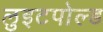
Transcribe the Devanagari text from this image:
लुइटपोल्ड